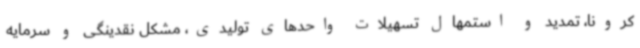
کرونا، تمدید و استمهال تسهیلات واحدهای تولیدی، مشکل نقدینگی و سرمایه